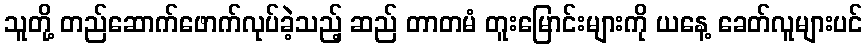
သူတို့ တည်ဆောက်ဖောက်လုပ်ခဲ့သည့် ဆည် တာတမံ တူးမြောင်းများကို ယနေ့ ခေတ်လူများပင်